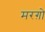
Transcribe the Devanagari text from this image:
मरग़ो